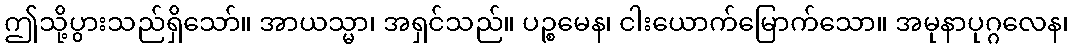
ဤသို့ပွားသည်ရှိသော်။ အာယသ္မာ၊ အရှင်သည်။ ပဉ္စမေန၊ ငါးယောက်မြောက်သော။ အမုနာပုဂ္ဂလေန၊